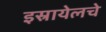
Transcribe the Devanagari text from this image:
इस्रायेलचे